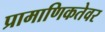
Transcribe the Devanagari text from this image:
प्रामाणिकतेवर